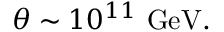
\theta \sim 1 0 ^ { 1 1 } { \mathrm { ~ G e V } } .